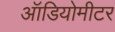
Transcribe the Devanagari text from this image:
ऑडियोमीटर